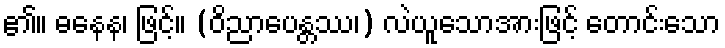
၏။ ဓနေန၊ ဖြင့်။ (ဝိညာပေန္တဿ၊) လဲယူသောအားဖြင့် တောင်းသော